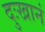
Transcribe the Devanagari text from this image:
दुःखानं